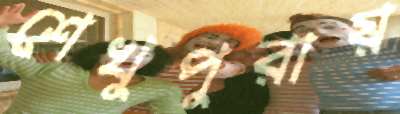
শেখুপুরায়